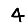
Digit: 4